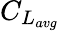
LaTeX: C_{L_{avg}}